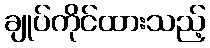
ချုပ်ကိုင်ထားသည့်